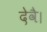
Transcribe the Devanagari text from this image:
देवै।